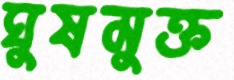
ঘুষমুক্ত